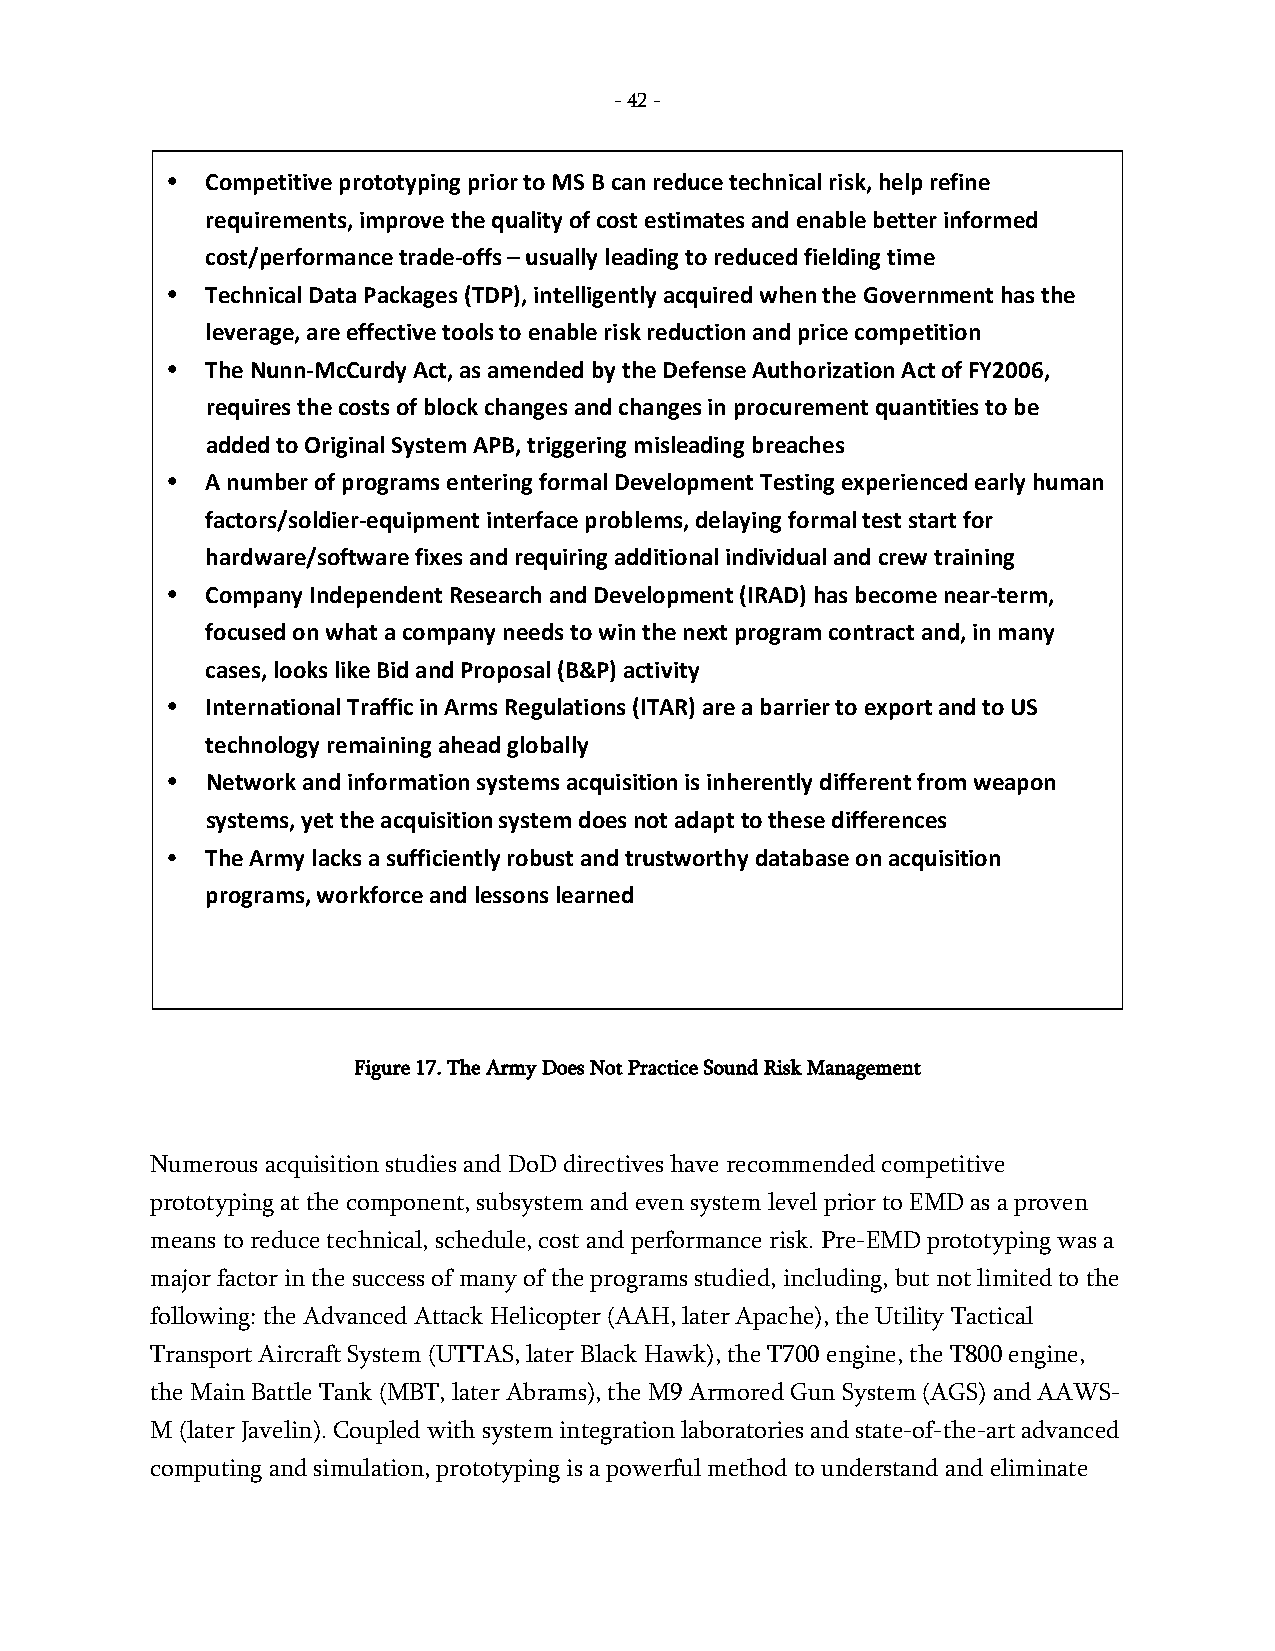
- 42 -
 •  Competitive prototyping prior to MS B can reduce technical risk, help refine
 requirements, improve the quality of cost estimates and enable better informed
 cost/performance trade-offs – usually leading to reduced fielding time
 •  Technical Data Packages (TDP), intelligently acquired when the Government has the
 leverage, are effective tools to enable risk reduction and price competition
 •  The Nunn-McCurdy Act, as amended by the Defense Authorization Act of FY2006,
 requires the costs of block changes and changes in procurement quantities to be
 added to Original System APB, triggering misleading breaches
 •  A number of programs entering formal Development Testing experienced early human
 factors/soldier-equipment interface problems, delaying formal test start for
 hardware/software fixes and requiring additional individual and crew training
 •  Company Independent Research and Development (IRAD) has become near-term,
 focused on what a company needs to win the next program contract and, in many
 cases, looks like Bid and Proposal (B&P) activity
 •  International Traffic in Arms Regulations (ITAR) are a barrier to export and to US
 technology remaining ahead globally
 •  Network and information systems acquisition is inherently different from weapon
 systems, yet the acquisition system does not adapt to these differences
 •  The Army lacks a sufficiently robust and trustworthy database on acquisition
 programs, workforce and lessons learned
 Figure 17. The Army Does Not Practice Sound Risk Management
 Numerous acquisition studies and DoD directives have recommended competitive
 prototyping at the component, subsystem and even system level prior to EMD as a proven
 means to reduce technical, schedule, cost and performance risk. Pre-EMD prototyping was a
 major factor in the success of many of the programs studied, including, but not limited to the
 following: the Advanced Attack Helicopter (AAH, later Apache), the Utility Tactical
 Transport Aircraft System (UTTAS, later Black Hawk), the T700 engine, the T800 engine,
 the Main Battle Tank (MBT, later Abrams), the M9 Armored Gun System (AGS) and AAWS-
 M (later Javelin). Coupled with system integration laboratories and state-of-the-art advanced
 computing and simulation, prototyping is a powerful method to understand and eliminate
 -
 42
 -